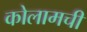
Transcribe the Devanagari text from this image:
कोलामची